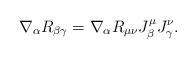
LaTeX: \begin{align*}\nabla_{\alpha}R_{\beta\gamma}=\nabla_{\alpha}R_{\mu\nu}J^\mu_{\beta}J^{\nu}_{\gamma}.\end{align*}